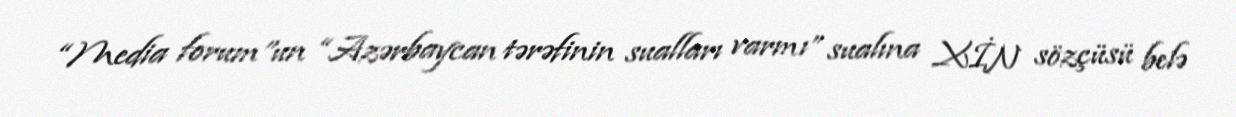
“Media forum”un “Azərbaycan tərəfinin sualları varmı” sualına XİN sözçüsü belə